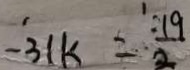
- 3 1 k = \frac { 1 9 } { 2 }